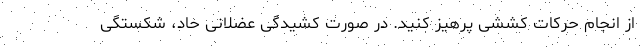
از انجام حرکات کششی پرهیز کنید. در صورت کشیدگی عضلانی حاد، شکستگی